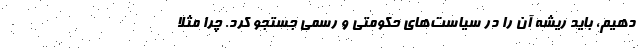
دهیم، باید ریشه آن را در سیاست‌های حکومتی و رسمی جستجو کرد. چرا مثلا